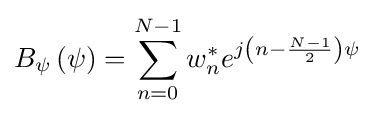
B_{\psi }\left(\psi \right)=\sum _{n=0}^{N-1}w_{n}^{*}e^{j\left(n-{\frac {N-1}{2}}\right)\psi }